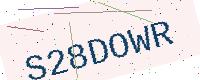
Text: S28DOWR